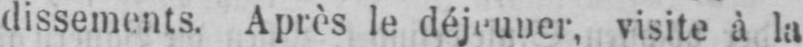
dissements. Après le déjeuner, visite à la